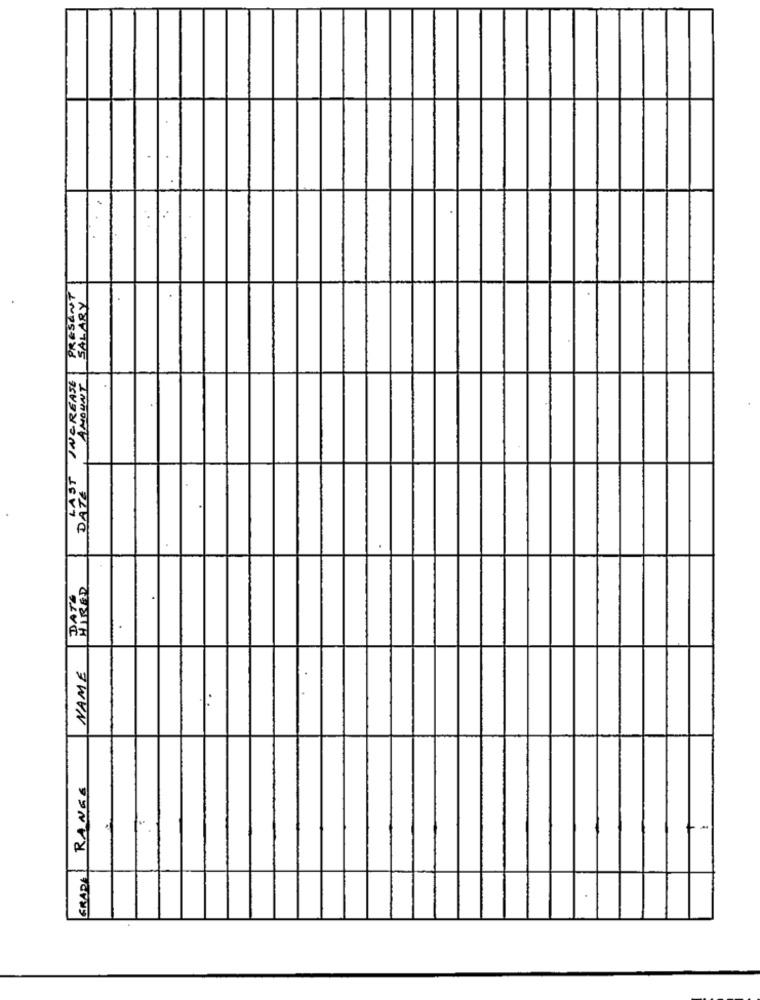
PRESENT
SALARY
INCREASE
AMOUNT
LAST
DATE
DATA
NAME
..
RANGE
GRADA